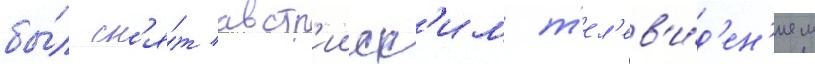
бы́л сн'я́т австр'ииск'им т'ел'ев'и́д'ен'ием